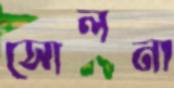
সোলনা